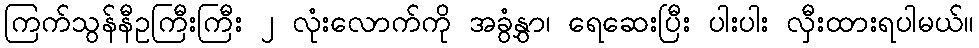
ကြက်သွန်နီဥကြီးကြီး ၂ လုံးလောက်ကို အခွံနွှာ၊ ရေဆေးပြီး ပါးပါး လှီးထားရပါမယ်။